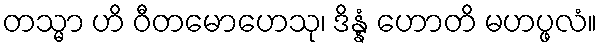
တသ္မာ ဟိ ဝီတမောဟေသု၊ ဒိန္နံ ဟောတိ မဟပ္ဖလံ။